Lunatic asylums Bombay report 1878-1890 - 1878-1890
Year: 1878
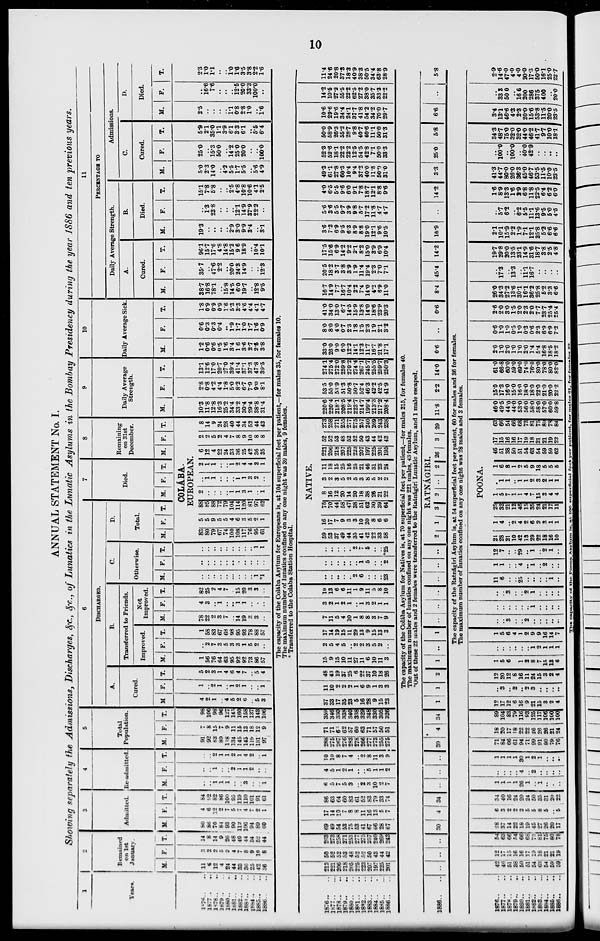
10
ANNUAL STATEMENT No. I.
Showing separately the Admissions, Discharges, &c., &c., of Lunatics in the Lunatic Asylums in the Bombay Presidency during the year 1886 and ten previous years.
1
Years.
1876.. ..
1677.. ..
1878.. ..
1879.. ..
1880.. ..
1881.. ..
1882.. ..
1883.. ..
1884.. ..
1885.. ..
1886.. ..
2
Remained
on 1st
January.
M.
11
6
12
4
24
44
33
36
25
42
36
F.
3
2
2
5
2
4
7
8
9
10
8
T.
14
8
14
9
26
48
40
44
34
52
44
3
Admitted.
M.
80
86
70
84
93
90
112
106
94
89
60
F.
4
6
12
2
7
5
7
4
7
2
1
T.
84
92
82
86
100
95
119
110
101
91
61
4
Re-admitted.
M.
..
..
1
1
1
..
..
3
..
..
1
F.
..
..
1
..
..
2
1
1
2
..
..
T.
..
..
2
1
1
2
1
4
2
..
1
5
Total
Population.
M.
91
92
83
89
118
134
145
145
119
131
97
F.
7
8
15
7
9
11
15
13
18
12
9
T.
98
100
98
96
127
145
160
158
137
143
106
6
DISCHARGED.
A.
Cured.
M
4
2
1
..
4
5
2
6
..
5
3
F.
1
..
2
1
..
1
2
1
..
..
1
T.
5
2
3
1
4
6
4
7
..
5
4
B.
Transferred to Friends.
Improved.
M.
1
56
76
64
63
95
92
92
73
86
57
F.
..
2
7
3
5
3
3
1
5
2
..
T.
1
58
83
67
68
98
95
93
78
88
57
Not
Improved.
M.
78
22
2
3
7
..
14
19
3
3
..
F.
4
3
..
1
..
..
1
1
..
..
..
T.
82
25
2
4
7
..
15
20
3
3
..
C.
Otherwise.
M.
..
..
..
..
..
..
..
..
..
1
*1
F.
..
..
..
..
..
..
..
..
..
..
..
T.
..
..
..
..
..
..
..
..
..
1
1
D.
Total.
M. F. T.
7
Died.
M. F. T.
8
Remaining
on 31st
December.
M. F. T.
COLÁBA.
EUROPEAN.
83
80
79
67
74
100
108
117
76
95
61
5
5
9
5
5
4
6
3
5
2
1
88
85
88
72
79
104
114
120
81
97
62
2
..
..
..
..
1
1
3
1
..
1
..
1
1
..
..
..
1
1
3
2
..
2
1
1
..
..
1
2
4
4
2
1
6
12
4
22
24
33
36
25
42
36
35
2
2
5
2
4
7
8
9
10
8
8
8
14
9
24
28
40
44
34
52
44
43
9
Daily Average
Strength.
M.
10.3
11.8
12.8
16.3
25.2
34.4
33.2
30.4
29.4
38.8
31.4
F.
2.8
0.8
4.2
4.4
1.8
5.0
8.2
6.7
7.9
9.0
8.1
T.
13.1
12.6
17.0
20.7
27.0
39.4
41.4
37.1
37.3
47.8
39.5
10
Daily Average Sick.
M.
1.2
0.6
0.6
0.5
1.6
3.4
1.6
3.6
2.7
2.5
3.8
F.
0.6
0.3
0.3
0.4
..
1.9
1.7
1.0
1.7
1.6
0.9
T.
1.8
0.9
0.9
0.9
1.6
5.3
3.3
4.6
4.4
4.1
4.7
11
PERCENTAGE TO
Daily Average Strength.
A.
Cured.
M.
38.7
16.8
78.1
..
15.8
14.5
6.0
19.7
..
12.8
9.5
F.
35.7
..
47.6
2.2
..
20.0
24.3
14.9
..
..
12.3
T.
96.1
15.7
17.6
4.8
14.8
15.2
9.6
18.9
..
10.4
10.1
B.
Died.
M.
19.3
..
..
..
..
2.9
3.0
9.9
3.4
..
3.1
F.
..
1.3
23.8
..
..
..
12.1
14.9
37.9
22.2
..
T.
15.1
7.8
5.8
..
..
2.5
4.8
10.8
10.6
4.1
2.5
Admissions.
C.
Cured
M.
5.0
23
14.0
..
4.2
5.5
1.7
5.5
..
5.6
4.9
F.
25.0
..
15.3
50.0
..
14.2
25.0
20.0
..
..
100.0
T.
5.9
2.1
35.0
1.1
3.9
6.1
3.3
6.1
..
5.5
6.4
D.
Died.
M.
2.5
..
..
..
..
1.1
0.8
2.8
1.0
..
1.6
F.
..
16.6
7.6
..
..
..
12.5
20.0
33.3
100.0
..
T.
2.3
1.0
1.1
..
..
1.0
1.6
3.5
3.8
2.2
1.6
The capacity of the Colába Asylum for Europeans is, at 104 superficial feet per patient,—for males 35, for females 10.
The maximum number of lunatics confined on any one night was 39 males, 9 females.
* Transferred to the Colaba Station Hospital.
1876.. ..
1877..
..
1878.. ..
1879.. ..
1880.. ..
1881.. ..
1882.. ..
1883.. ..
1884.. ..
1885..
..
1886.. ..
213
221
206
218
205
225
223
207
197
225
201
50
52
52
53
48
52
52
50
43
44
42
263
273
258
271
253
277
275
257
240
269
243
69
49
54
53
75
53
41
67
66
28
67
17
14
10
7
8
8
11
16
13
5
7
86
63
64
60
83
61
52
83
79
33
74
6
5
7
5
3
..
2
3
10
2
7
4
5
1
2
1
..
..
5
1
1
2
10
10
8
7
4
..
2
8
11
3
9
288
275
267
276
283
278
266
277
273
255
275
71
71
63
62
57
60
63
71
57
50
51
359
346
330
338
340
338
329
348
330
305
326
37
33
17
35
23
5
16
28
9
15
23
11
10
2
2
2
1
6
9
1
3
3
48
43
19
37
25
6
22
37
10
18
26
15
9
15
10
11
27
11
6
10
11
3
2
5
4
5
..
2
2
3
5
2
..
17
14
19
15
11
29
13
9
15
13
3
7
11
5
4
10
1
8
8
3
7
9
3
2
1
2
1
..
1
3
2
1
1
10
13
6
6
11
1
9
11
5
8
10
..
..
..
..
..
2
6
..
..
..
23
..
..
..
..
..
..
1
5
..
..
2
..
..
..
..
..
2
7
5
..
..
*25
NATIVE.
59
53
37
49
44
35
41
42
22
33
58
16
17
7
9
3
3
10
20
8
6
6
75
70
44
58
47
38
51
62
30
39
64
8
16
12
20
14
20
18
38
26
21
22
3
2
3
5
2
5
3
8
5
2
2
11
18
15
25
16
25
21
46
31
23
24
221
206
218
207
225
223
207
197
225
201
195
52
52
53
48
52
52
50
43
44
42
43
273
258
271
255
277
275
257
240
269
243
238
220.6
220.4
218.1
208.5
219.4
223.7
214.7
199.4
213.3
217.2
208.4
53.5
55.0
53.9
51.3
50.8
50.7
52.4
46.3
42.2
42.5
41.9
274.1
275.4
272.0
259.8
270.2
274.4
267.1
245.7
255.5
259.7
250.3
33.0
26.0
9.0
6.0
12.2
14.1
12.3
11.7
16.7
21.8
17.1
8.0
8.0
4.0
0.7
2.3
1.8
1.5
2.3
1.9
2.1
3.2
41.0
34.0
13.0
6.7
14.5
15.9
13.8
14.0
18.6
23.9
20.3
16.7
14.9
7.7
16.7
10.4
2.2
7.4
14.0
4.2
6.9
11.0
20.5
18.2
3.7
3.8
3 9
1.9
11.4
19.4
2.3
7.0
7.1
17.5
15.6
6.9
14.2
9.2
2.1
8.2
15.0
3.9
6.9
10.4
3.6
7.2
6.9
9.5
6.3
8.9
8.8
19.0
12.1
9.6
10.5
5.6
3.6
5.5
9.7
3.9
9.8
5.7
17.2
11.8
4.7
4.7
4.0
6.5
5.5
9.6
6.0
9.1
7.8
18.7
12.1
8.8
9.6
49.3
61.1
27.8
60.3
10.4
9.4
37.2
40.0
11.8
50.0
31.0
52.3
52.6
18.1
22.2
22.2
12.5
54.5
42.8
7.1
50.0
33.3
50.0
58.9
26.3
55.2
28.7
9.8
40.7
40.6
11.1
50.0
31.3
10.6
29.6
19.6
34.4
24.1
37.7
41.8
54.2
34.2
70.0
29.7
14.2
10.5
27.2
55.5
22.2
62.5
27.2
38.0
35.7
33.3
22.2
11.4
24.6
20.8
37.3
18.3
40.9
38.3
50.5
34.4
63.8
28.9
The capacity of the Colába Asylum for Natives is, at 70 superficial feet per patient,—for males 215, for females 40.
The maximum number of lunatics confined on any one night was 221 males, 43 females.
*Out of these 22 males and 2 females were transferred to the Ratnágiri Lunatic Asylum, and 1 male escaped.
1886.. ..
..
.. ..
30
4 34 .. ..
30 4 34 1
1
2 1 ..
1 ..
.. .. ..
..
..
RATNÁGIRI.
2 1 3 2 .. 2 26 3 29 11.8 2.2 14.0 0.6 .. 0.6 8.4 45.4 14.2 16.9 .. 14.2 3.3 25.0 5.8 6.6
.. 5.8
The capacity of the Ratnágiri Asylum is, at 54 superficial feet per patient, 60 for males and 36 for females.
The maximum number of lunatics confined on any one night was 28 males and 3 females.
1876.. ..
1877.. ..
1878.. ..
1879.. ..
1880.. ..
1881.. ..
1882.. ..
1883..
..
1884.. ..
1885.. ..
1886.. ..
42
46
51
38
50
51
54
63
54
59
59
12
17
15
16
16
17
19
18
21
21
19
54
63
66
54
66
68
73
81
75
80
78
28
37
14
22
18
19
45
27
26
20
17
6
3
2
2
2
5
5
8
5
..
5
34
40
16
24
20
24
50
35
31
20
22
1
1
1
1
26
1
..
1
..
..
..
..
..
..
..
4
..
2
..
..
..
..
1
1
1
1
30
1
2
1
..
..
..
71
84
66
61
94
71
99
91
80
79
76
18
20
17
18
22
22
26
26
26
21
24
89
104
83
79
116
93
125
117
106
100
100
12
17
12
6
16
9
21
15
3
2
4
..
3
..
2
..
2
3
..
..
..
..
12
20
12
8
16
11
24
15
3
2
4
1
5
6
..
1
2
8
7
15
13
6
..
..
..
..
..
..
1
2
1
1
1
1
5
6
4
1
2
9
9
16
14
7
..
..
3
..
..
2
..
..
..
..
..
..
..
..
..
..
..
1
..
..
..
..
..
..
3
..
..
2
1
..
..
..
..
11
6
..
..
25
..
..
..
..
1
..
1
1
..
..
4
..
1
..
2
..
..
12
7
..
..
29
..
1
..
2
1
..
POONA.
21
28
21
10
42
13
29
22
18
16
10
1
4
..
2
4
2
6
2
3
1
1
25
32
21
12
46
15
35
24
21
17
11
1
5
7
1
1
4
7
15
3
4
4
..
1
1
..
1
1
2
3
2
1
1
1
6
8
1
2
5
9
18
5
5
5
46
51
38
50
51
54
63
54
59
59
62
17
15
16
16
17
19
18
21
21
19
22
63
66
54
66
68
73
81
75
80
78
84
46.0
49.5
44.0
44.0
53.0
56.0
58.0
58.0
57.0
60.0
59.8
15.0
17.3
16.0
15.0
16.0
18.0
18.0
22.0
21.0
20.0
22.2
61.0
66.8
60.0
59.0
69.0
74.0
76.0
80.0
78.0
80.0
82.0
2.0
1.0
2.0
1.0
1.0
2.0
1.4
5.4
16.8
18.5
18.2
0.6
10
1.0
0.5
1.0
0.3
0.6
2.3
6.9
6.9
7.2
2.6
2.0
3.0
1.5
2.0
2.3
2.0
7.7
23.7
25.4
25.4
26.0
34.3
27.2
13.6
30.1
16.1
36.2
25.8
5.2
3.3
6.6
..
17.3
..
13.3
..
11.1
16.7
..
..
..
..
19.7
29.8
20.0
13.5
23.1
14.9
31.6
18.7
3.8
2.5
4.8
2.1
10.1
15.9
2.2
1.9
7.1
12.1
25.8
5.2
66
6.6
..
5.7
6.2
..
6.2
5.5
11.1
13.6
9.5
5.0
4.5
1.6
8.9
13.3
1.6
2.9
6.8
11.8
22.5
6.4
6.2
6.0
41.3
44.7
80.0
26.0
36.3
45.0
46.7
53.5
11.5
10.0
23.5
..
100.0
..
100.0
..
40.0
42.9
..
..
..
..
34.3
48.7
75.0
32.0
32.0
44.0
46.2
41.7
9.7
10.0
18.1
3.4
131
46.6
4.3
2.3
20.0
15.6
53.8
11.5
20.0
23.5
..
33.8
50.0
..
16.6
20.0
28.6
375
40.0
..
20.0
2.9
14.6
47.0
4.0
4.0
20.0
17.3
60.0
16.1
25.0
22.7
The capacity of the Poona Asylum is. at 100 superficial fect per patient, for males 61. for females 22.